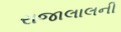
રાજાલાલની